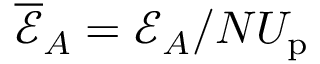
\overline { { \mathcal { E } } } _ { A } = \mathcal { E } _ { A } / N U _ { \mathrm { p } }